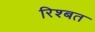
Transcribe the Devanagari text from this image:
रिश्बत